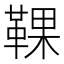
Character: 𩋗